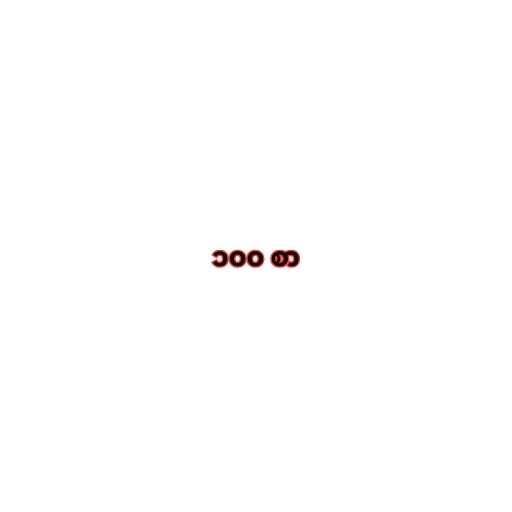
၁၀၀ စာ